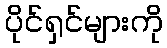
ပိုင်ရှင်များကို